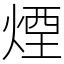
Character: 煙